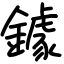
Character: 鐻